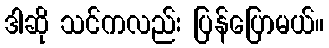
ဒါဆို သင်ကလည်း ပြန်ပြောမယ်။